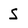
Character: S